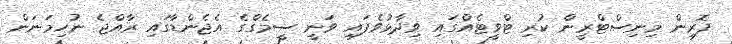
ފޮރިން މިނިސްޓްރީން ކުރި ޓްވީޓެއްގައި ވިދާޅުވެފައި ވަނީ ސީމެގްގެ އެޖެންޑާގައި ރާއްޖެ ނުހިމަނަން